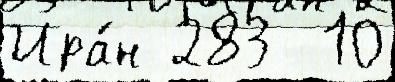
Ира́н 283  10